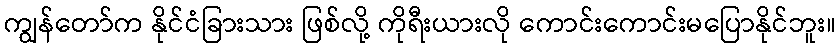
ကျွန်တော်က နိုင်ငံခြားသား ဖြစ်လို့ ကိုရီးယားလို ကောင်းကောင်းမပြောနိုင်ဘူး။